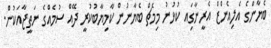
ބެޔާންގެ އެލިއެންޒް އެރީނާގަިއ ކުޅުނު މިމެޗް ބެޔާނުން ކާމިޔާބުކުރީ ދޭއް ސުމެއްގެ ނަތީޖާއަކުން.